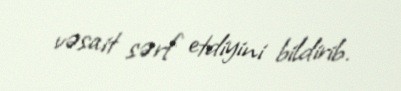
vəsait sərf etdiyini bildirib.